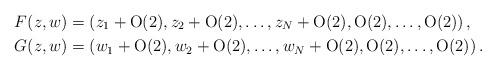
LaTeX: \begin{align*} & F(z,w) =\left(z_{1}+\mbox{O}(2),z_{2}+\mbox{O}(2),\dots,z_{N}+\mbox{O}(2),\mbox{O}(2),\dots,\mbox{O}(2)\right),\\& G(z,w) =\left( w_{1}+\mbox{O}(2),w_{2}+\mbox{O}(2),\dots,w_{N}+\mbox{O}(2),\mbox{O}(2),\dots,\mbox{O}(2)\right). \end{align*}